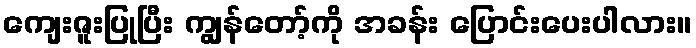
ကျေးဇူးပြုပြီး ကျွန်တော့်ကို အခန်း ပြောင်းပေးပါလား။